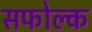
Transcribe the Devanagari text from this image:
सफोल्क